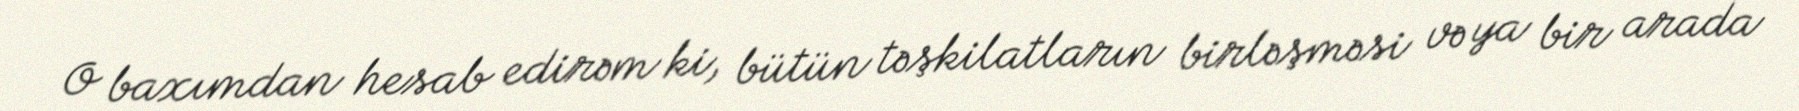
O baxımdan hesab edirəm ki, bütün təşkilatların birləşməsi və ya bir arada